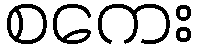
စကေး